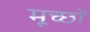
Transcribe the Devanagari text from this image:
मूच्छों